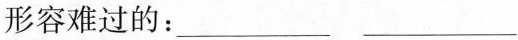
形容难过的：___ ___